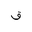
Letter: _qaf